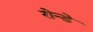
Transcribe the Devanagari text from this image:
रोन्डे